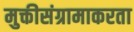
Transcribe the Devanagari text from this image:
मुक्तीसंग्रामाकरता